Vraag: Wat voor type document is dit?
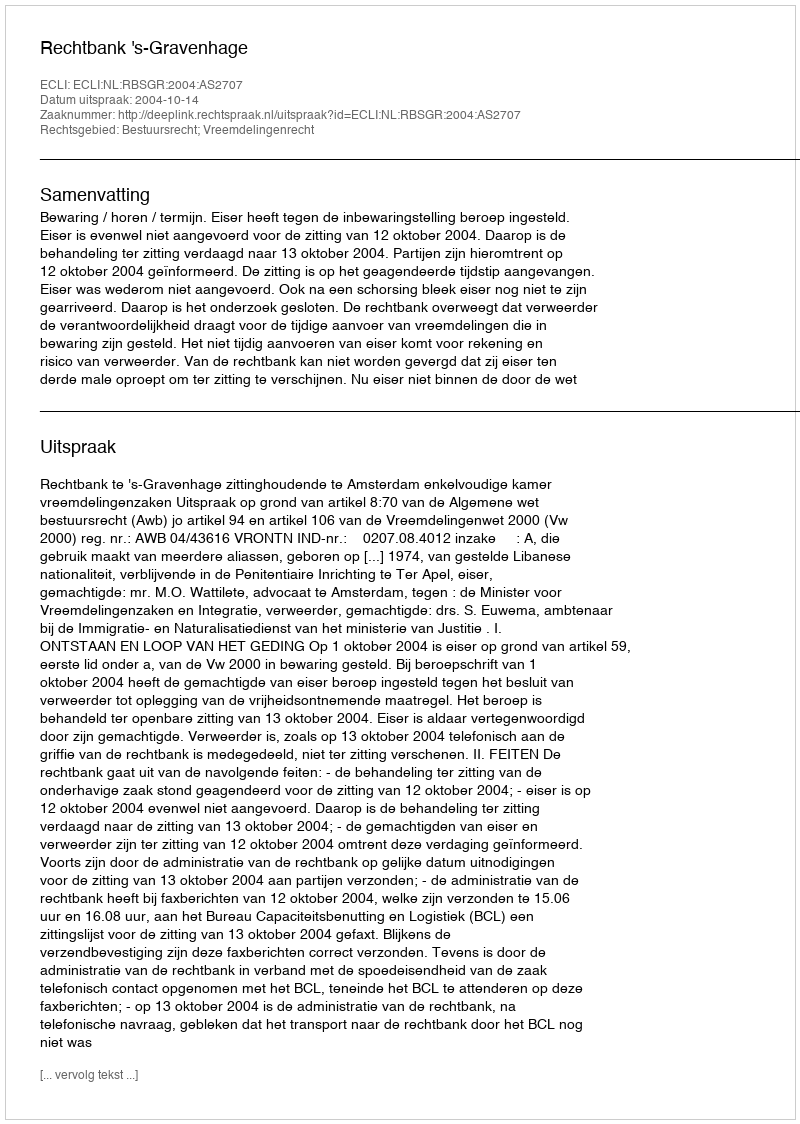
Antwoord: Uitspraak